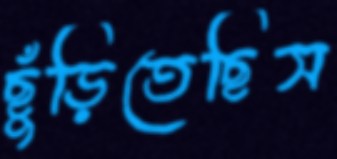
ছুঁড়িতেছিস